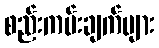
စည်းကမ်းချက်များ